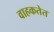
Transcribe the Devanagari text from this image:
वाहकतेत